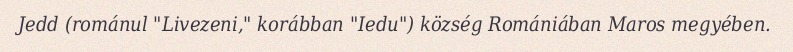
Jedd (románul "Livezeni," korábban "Iedu") község Romániában Maros megyében.